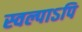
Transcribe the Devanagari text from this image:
स्वल्पाऽपि